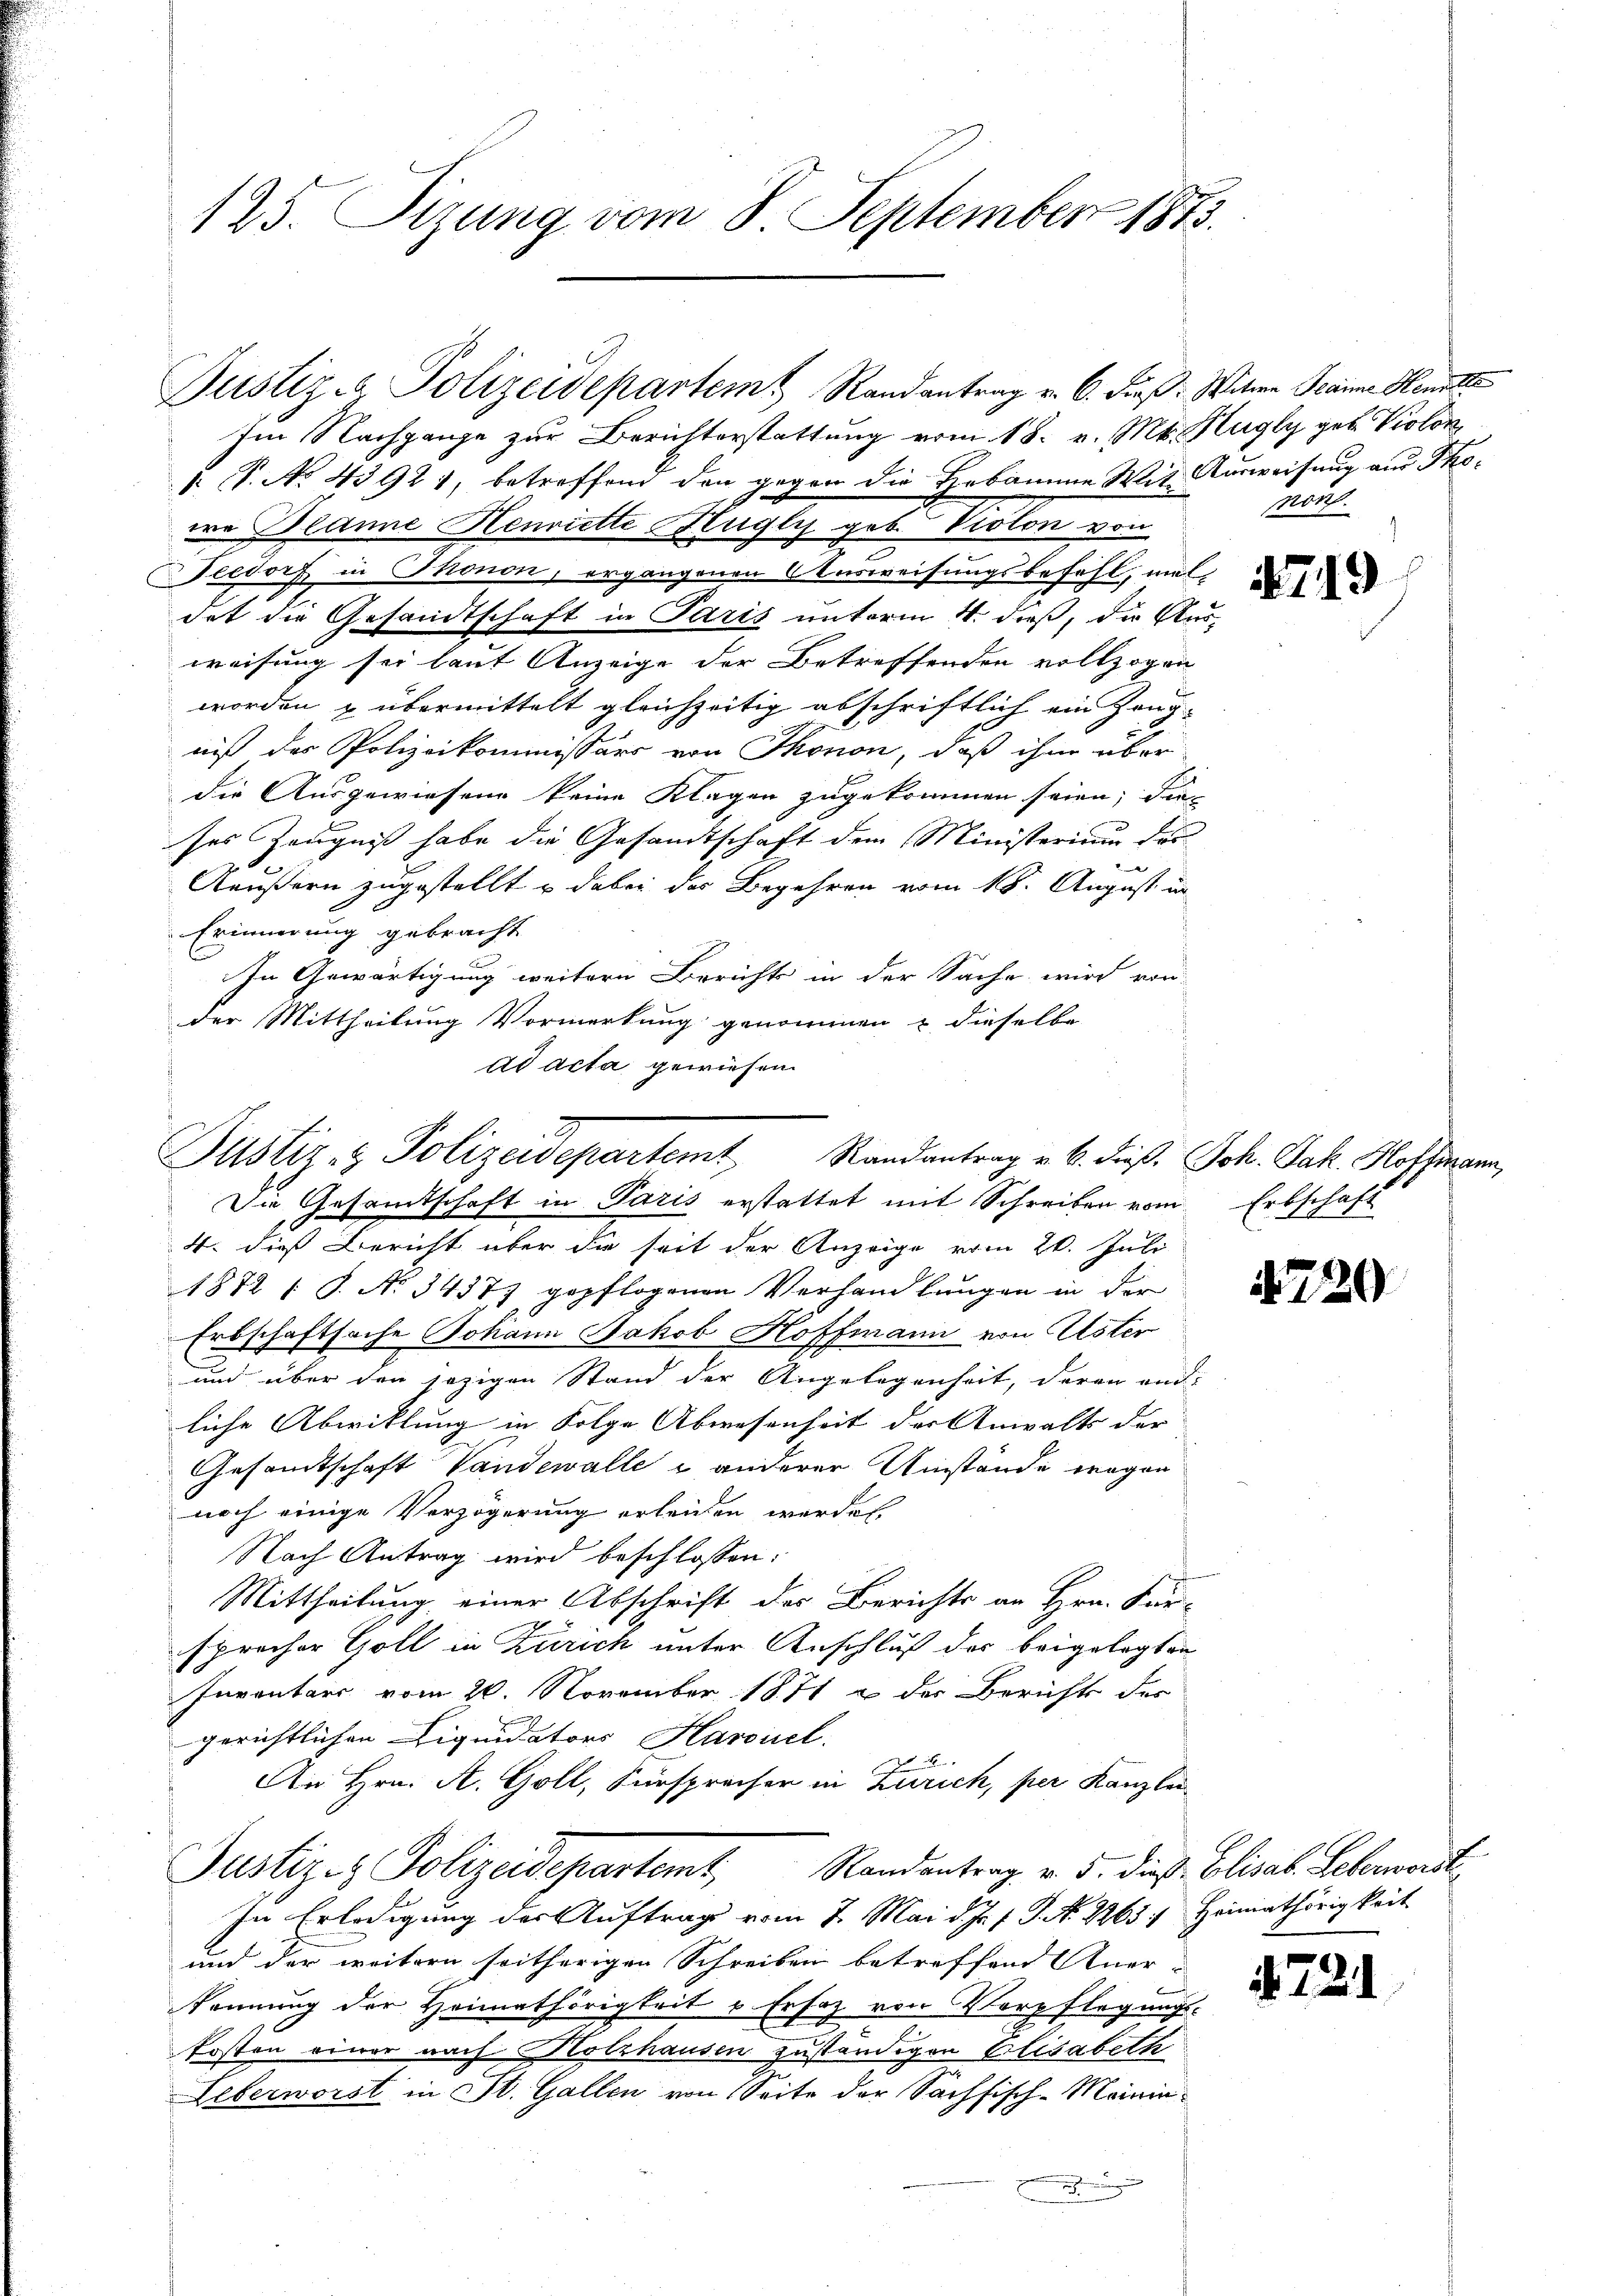
125. Setzung vom 8. September 1873.

Justiz & Polizeidepartem Randantrag v. 6. dieß: Witwe Baume Hematte

Justiz- & Polizeidepartemt, Randantrag v. 6. dieß. Joh. Jak. Hofferen
Die Gesandtschaft in Paris erstattet mit Schreiben vom Erbschaft

Im Nachgange zur Berichterstattung vom 18. v. Mts. Hugly geb. Violon
 P. No 43921, betreffend den gegen die Hebamme Mit Ausweisung aus Thowo Dlanne Henriette Hugly geb. Violon von
Feedorf in Thonon, ergangenen Ausweisungsbefohl, mal,
det die Gesandtschaft in Paris unterm 4. dieß, die Ausweisung sei laut Anzeige der Betreffenden vollzogen
worden & übermittelt gleichzeitig abschriftlich ein Zeugniß der Polizeikommissärs von Thonon, daß ihm über
die Ausgewiesend keine Klagen zugekommen seien; die
ses Zeugniß habe die Gesamtschaft dem Ministerium der
Aeußern zugestellt u dabei der Begehren vom 18. August in
Erinnerung gebracht.
In Gewärtigung weitern Berichts in der Sache wird von
der Mittheilung Vormerkung genommen & dieselbe
ad acta gewiesen.

non

4. dieß Bericht über die seit der Anzeige vom 20. Juli
1872 (s. No 3437) gepflogenen Verhandlungen in der
Erbschaftsache Johann Jakob Hoffmann von Uster
und über den jezigen Stand der Angelegenheit, deren and
liche Abwicklung in Folge Abwesenheit der Anwalts der |
Gesamtschaft Vandewalle u anderer Umstände wegen
noch einige Verzögerung erleiden werden.
Nach Antrag wird beschlossen:
Mittheilung einer Abschrift des Berichts an Hrn. Für-
sprocher Goll in Zürich unter Anschluß der beigelegten
Inventars vom 20. November 1871 u der Berichts der
gerichtlichen Liquidators Harouel.

An Hrn. A. Goll, Fürsprecher in Zürich, per Kanzlei
Justiz- & Polizeidepartemt, Randantrag v. 5. dieß. Elisab. Lebernardt
In Erledigung der Auftrag vom 7. Mai d. Js. f. J. N. 2265. Heimathörigkeit
und der weitern seitherigen Schreiben betreffend Aner-
kennung der Heimathörigkeit u. Ersaz von Verpflegungs-
fosten einer nach Holzhausen zuständigen Elisabeth
Leberworst in St. Gallen von Seite der Sachsisch-Mainin¬
.

4719

720

4721

21